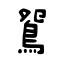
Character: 鴛